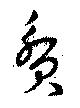
貧